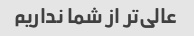
عالی‌تر از شما نداریم